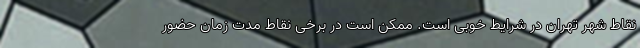
نقاط شهر تهران در شرایط خوبی است. ممکن است در برخی نقاط مدت زمان حضور